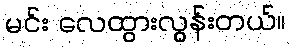
မင်း လေထွားလွန်းတယ်။